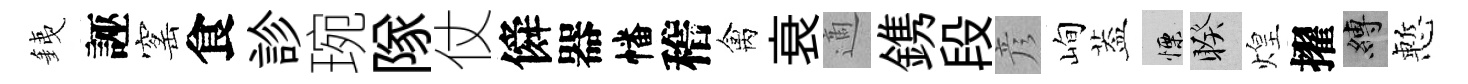
銕誣窰食診琬隊仗僢器幡稽禽衰適鎸段彦峋葢慄睽煌擢縛慙